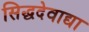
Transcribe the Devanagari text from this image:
सिद्धदेवाद्या